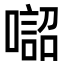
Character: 𠾓